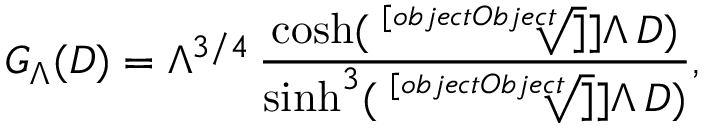
G _ { \Lambda } ( D ) = \Lambda ^ { 3 / 4 } \, \frac { \cosh ( \sqrt [ [object Object] ] ] { \Lambda } \, D ) } { \sinh ^ { 3 } ( \sqrt [ [object Object] ] ] { \Lambda } \, D ) } ,